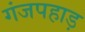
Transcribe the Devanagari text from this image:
गंजपहाड़